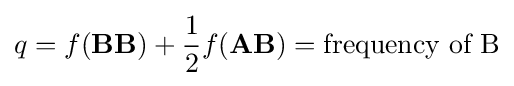
q=f(\mathbf {BB} )+{\frac {1}{2}}f(\mathbf {AB} )={\mbox{frequency of B}}